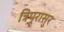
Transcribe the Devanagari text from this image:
त्रिपूरासुर